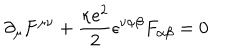
\partial _ { \mu } F ^ { \mu \nu } + \frac { \kappa e ^ { 2 } } { 2 } \epsilon ^ { \nu \alpha \beta } F _ { \alpha \beta } = 0